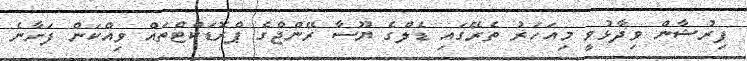
ފިރުޝާން ވިދާޅުވީ މިއަހަރު ތެރޭގައި ޑެލްގެ ޔޫސާ ރޭންޖްގެ ޕްރޮޑަކްޓްތައް ވިއްކަން ފަށާނެ